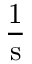
\mathrm { { \frac { 1 } { s } } }